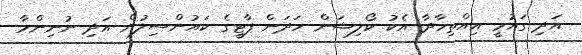
އަދި ގައުމީ އިއްތިހާދާ އެކު ކޯލިޝަން ހަދަން ޕާޓީގެ ކައުންސިލުން އަދި ނުނިންމާ